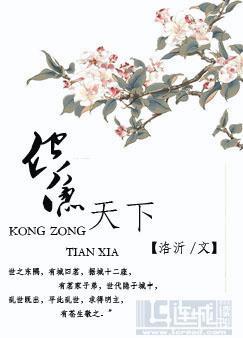
君子动而世为天下道，行而世为天下法，言而世为天下则。